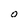
Character: O